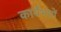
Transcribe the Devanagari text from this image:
कार्यभारों